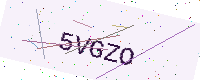
Text: 5VGZO